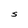
Character: S